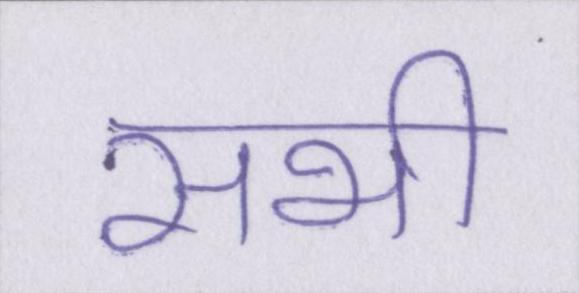
सभी